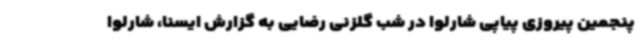
پنجمین پیروزی پیاپی شارلوا در شب گلزنی رضایی به گزارش ایسنا، شارلوا